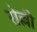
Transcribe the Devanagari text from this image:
रोल्ली